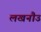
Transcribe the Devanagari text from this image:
लखनौउ